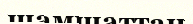
шамшаттан